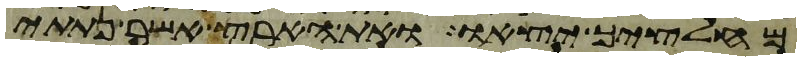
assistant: מחלציך יצאו ואת הארץ אשר נתתי